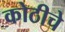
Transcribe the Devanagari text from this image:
कोठीचे